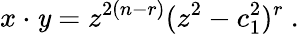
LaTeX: x\cdot\mathit{y}=z^{2(n-r)}(z^{2}-c_{1}^{2})^{r}~.